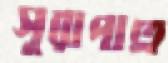
সুরাপাত্র